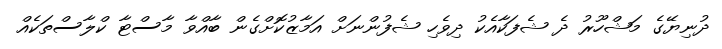
ދުނިޔޭގެ މަޝްހޫރު ދެ ޝެފަކާއެކު ދިވެހި ޝެފުންނަށް އަމާޒުކޮށްގެން ބާއްވާ މާސްޓާ ކްލާސްތަކެއް